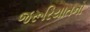
જરૂરિયાતનો